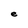
Character: e